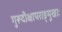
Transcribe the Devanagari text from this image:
गुरूदीक्षापराङ्मुखाः